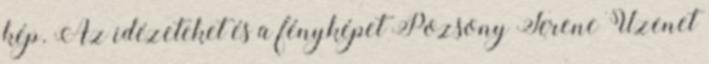
kép. Az idézeteket és a fényképet Pozsony Ferenc Üzenet